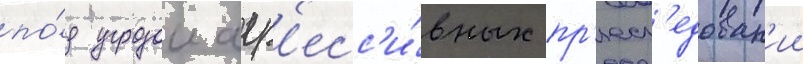
по́д угрозои агр'есс'и́вных пр'есл'едован'ии